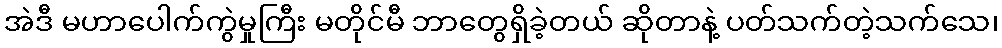
အဲဒီ မဟာပေါက်ကွဲမှုကြီး မတိုင်မီ ဘာတွေရှိခဲ့တယ် ဆိုတာနဲ့ ပတ်သက်တဲ့သက်သေ၊